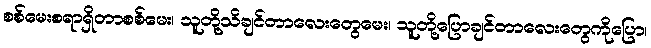
စစ်မေးစရာရှိတာစစ်မေး၊ သူတို့သိချင်တာလေးတွေမေး၊ သူတို့ပြောချင်တာလေးတွေကိုပြော၊